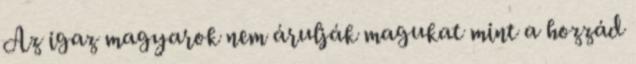
Az igaz magyarok nem árulják magukat mint a hozzád